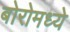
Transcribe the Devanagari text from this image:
बोरोमध्ये